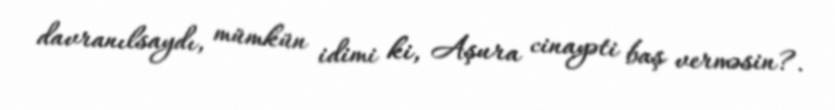
davranılsaydı, mümkün idimi ki, Aşura cinayəti baş verməsin?.